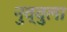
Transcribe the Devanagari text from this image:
नुव्वुला